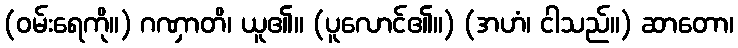
(ဝမ်းရေကို။) ဂဏှာတိ၊ ယူ၏။ (ပူလောင်၏။) (အဟံ၊ ငါသည်။) ဆာတော၊